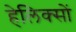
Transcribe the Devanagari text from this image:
हेलिक्सों